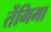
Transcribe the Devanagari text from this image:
तेंगिमा